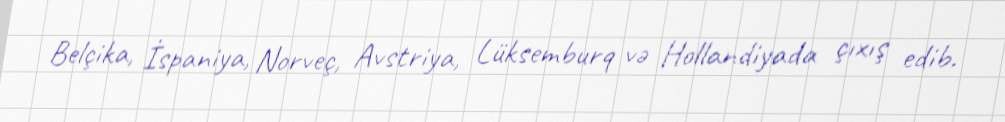
Belçika, İspaniya, Norveç, Avstriya, Lüksemburq və Hollandiyada çıxış edib.